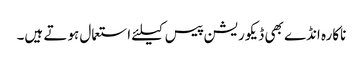
ناکارہ انڈے بھی ڈیکوریشن پیس کیلئے استعمال ہوتے ہیں۔